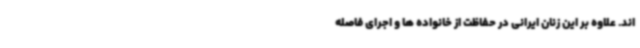
اند. علاوه بر این زنان ایرانی در حفاظت از خانواده ها و اجرای فاصله